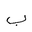
Letter: _ba